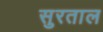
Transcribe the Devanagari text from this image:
सुरताल